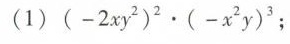
(1) $$( - 2 x y ^ { 2 } ) ^ { 2 } \cdot ( - x ^ { 2 } y ) ^ { 3 }$$；